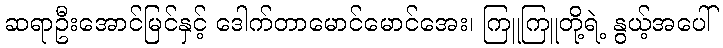
ဆရာဦးအောင်မြင်နှင့် ဒေါက်တာမောင်မောင်အေး၊ ကြူကြူတို့ရဲ့ နွယ့်အပေါ်